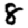
Digit: 8